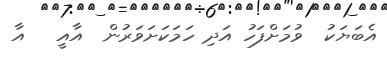
އެބަޔަކު  ވުމަށްފަހު އަދި ހަމަކަށަވަރުން  އާއީ   އާ